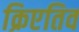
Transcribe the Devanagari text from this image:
क्रिएतिव